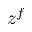
z ^ { f }